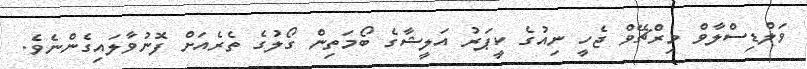
ވަލްޑިސްލާވް މިރްޗޭވް ޖެހީ ނިއުގެ ކީޕަރު އަލީޝާގެ ބޯމަތިން ގޯލުގެ ތެރެއަށް ފޮނުވާލައިގެންނެވެ.